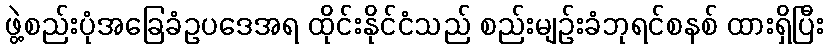
ဖွဲ့စည်းပုံအခြေခံဥပဒေအရ ထိုင်းနိုင်ငံသည် စည်းမျဉ်းခံဘုရင်စနစ် ထားရှိပြီး